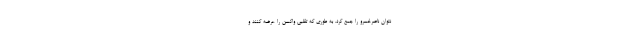
نتوان ناصرخسرو را جمع کرد. به طوری که تقلبی واکسن را عرضه کنند و